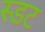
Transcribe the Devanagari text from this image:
स्डट